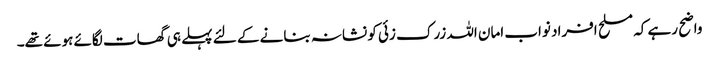
واضح رہے کہ مسلح افراد نواب امان اللہ زرک زئی کو نشانہ بنانے کے لئے پہلے ہی گھات لگائے ہوئے تھے۔